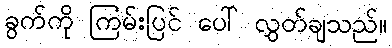
ခွက်ကို ကြမ်းပြင် ပေါ် လွှတ်ချသည်။